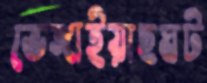
ভেঙ্গাইয়াছঘট